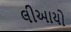
લીઆયો